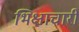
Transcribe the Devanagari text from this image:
भिक्षाचारी